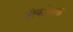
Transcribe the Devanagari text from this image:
अॅल्बर्टसारखा